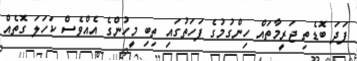
ފަދަ ބޮޑެތި ޖަރީމާތައް ހިންގުމުގެ ފަހަތުގައި ތިބި މީހުންގެ އެއްވެސް ކަހަލަ ގޮތެއް